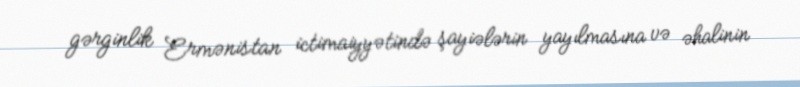
gərginlik Ermənistan ictimaiyyətində şayiələrin yayılmasına və əhalinin